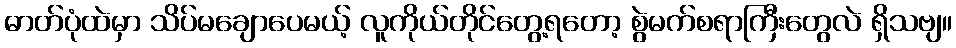
ဓာတ်ပုံထဲမှာ သိပ်မချောပေမယ့် လူကိုယ်တိုင်တွေ့ရတော့ စွဲမက်စရာကြီးတွေလဲ ရှိသဗျ။